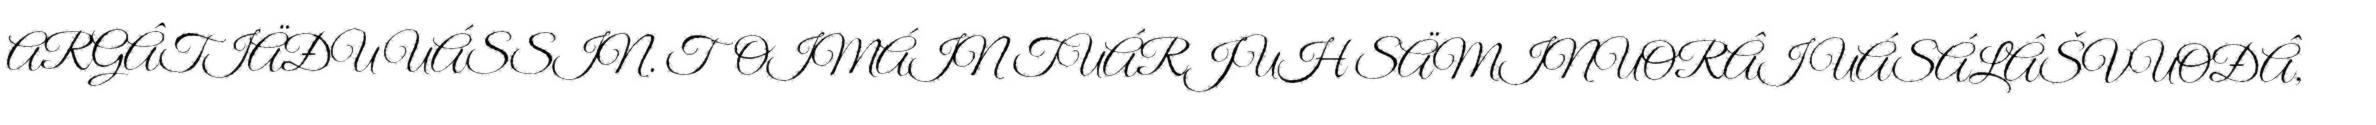
ARGÂTIÄĐU UÁSSIN. TOIMÁIN TUÁRJUH SÄMINUORÂI UÁSÁLÂŠVUOĐÂ,